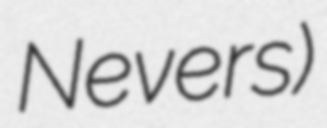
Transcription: Nevers)